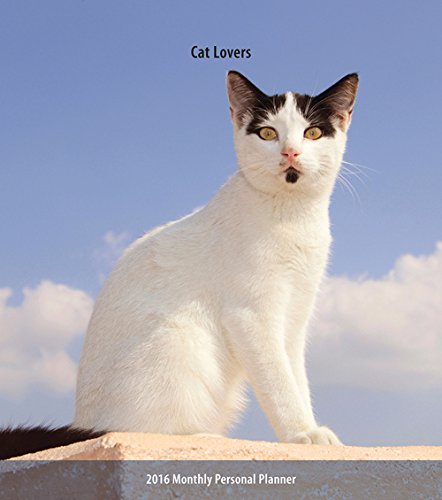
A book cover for Cat Lovers 2016 Monthly Personal Planner; Browntrout Publishers; Calendars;